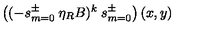
\left( ( - s _ { m = 0 } ^ { \pm } \: \eta _ { R } B ) ^ { k } \: s _ { m = 0 } ^ { \pm } \right) ( x , y )